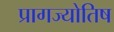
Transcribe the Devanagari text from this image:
प्रागज्योतिष